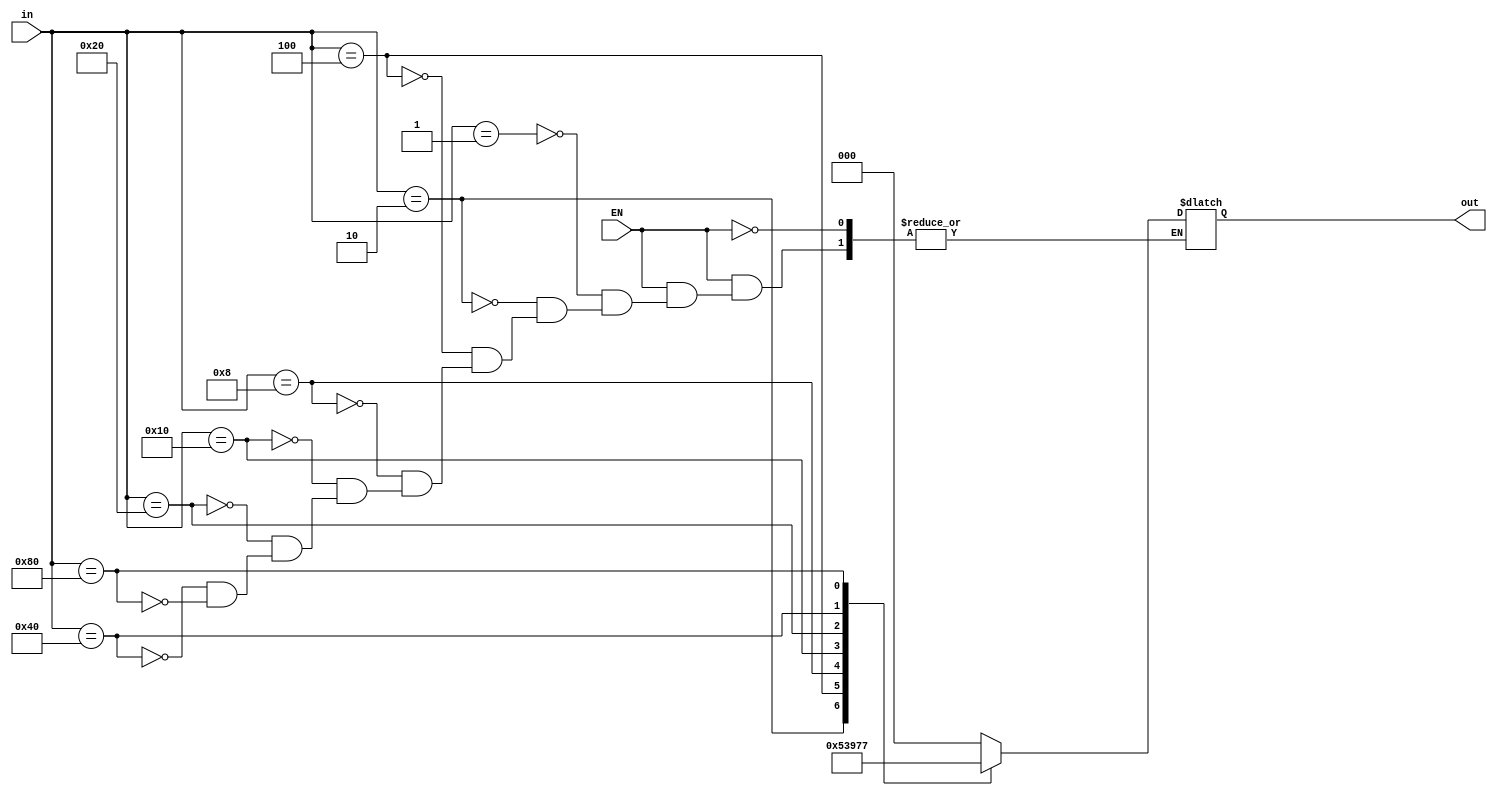
module encoder(input [7:0] in, input EN, output reg [2:0] out);

	always @* begin
		if(EN) begin 
			case(in)
			8'b00000001 : out = 000;
			8'b00000010 : out = 001;
			8'b00000100 : out = 010;
			8'b00001000 : out = 011;
			8'b00010000 : out = 100;
			8'b00100000 : out = 101;
			8'b01000000 : out = 110;
			8'b10000000 : out = 111;
			endcase
		end
	end
endmodule